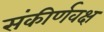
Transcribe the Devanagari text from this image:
संकीर्णवक्ष